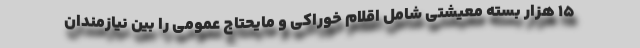
15 هزار بسته معیشتی شامل اقلام خوراکی و مایحتاج عمومی را بین نیازمندان